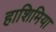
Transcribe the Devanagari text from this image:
हाशिमिया